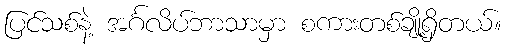
ပြင်သစ်နဲ့ အင်္ဂလိပ်ဘာသာမှာ စကားတစ်ချို့ရှိတယ်။